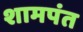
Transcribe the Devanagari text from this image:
शामपंत